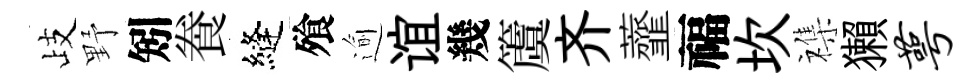
歧野矧飬縫飱逾谊幾𥵂齐虀福坎襍獺萼